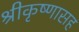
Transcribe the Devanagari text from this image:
श्रीकृष्णासह